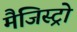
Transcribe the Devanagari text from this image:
मैजिस्ट्रो